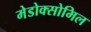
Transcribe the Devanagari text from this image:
मेडोक्सोमिल